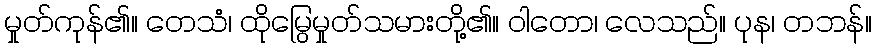
မှုတ်ကုန်၏။ တေသံ၊ ထိုမြွေမှုတ်သမားတို့၏။ ဝါတော၊ လေသည်။ ပုန၊ တဘန်။